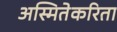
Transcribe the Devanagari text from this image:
अस्मितेकरिता